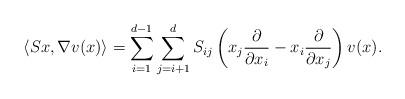
LaTeX: \begin{align*} \left\langle Sx,\nabla v(x)\right\rangle=\sum_{i=1}^{d-1}\sum_{j=i+1}^{d}S_{ij}\left(x_j\frac{\partial}{\partial x_i}-x_i\frac{\partial}{\partial x_j}\right)v(x).\end{align*}